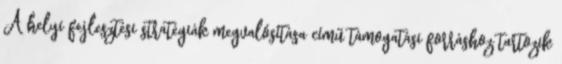
A helyi fejlesztési stratégiák megvalósítása című támogatási forráshoz tartozik